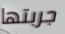
جربتها